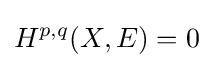
H^{p,q}(X,E)=0